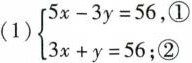
(1) $$ \left\{ \begin{matrix} 5x-3y=56, ①\\ 3x+y=56; ② \end{matrix} \right.$$